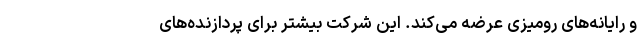
و رایانه‌های رومیزی عرضه می‌کند. این شرکت بیشتر برای پردازنده‌های